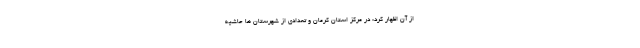
از آن اظهار کرد: در مرکز استان کرمان و تعدادی از شهرستان ها حاشیه